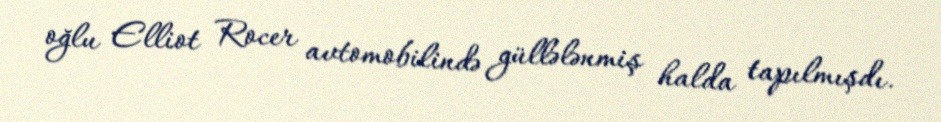
oğlu Elliot Rocer avtomobilində güllələnmiş halda tapılmışdı.